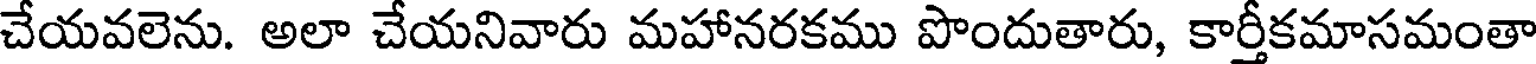
చేయవలెను. అలా చేయనివారు మహానరకము పొందుతారు, కార్తీకమాసమంతా